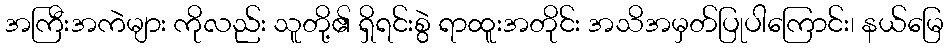
အကြီးအကဲများ ကိုလည်း သူတို့၏ ရှိရင်းစွဲ ရာထူးအတိုင်း အသိအမှတ်ပြုပါကြောင်း၊ နယ်မြေ